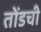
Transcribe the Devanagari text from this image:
तोंडची